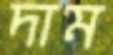
দাম